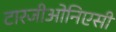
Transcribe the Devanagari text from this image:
टारजीओनिएसी